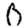
Digit: 0